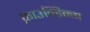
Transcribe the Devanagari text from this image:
फ़ाउन्डिन्ग